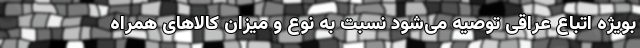
بویژه اتباع عراقی توصیه می‌شود نسبت به نوع و میزان کالا‌های همراه